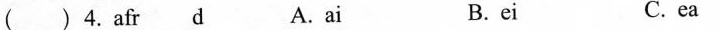
( ) 4. afr___ ___ d A.ai B.ei C. ea